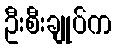
ဦးစီးချုပ်က